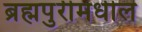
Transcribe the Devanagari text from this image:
ब्रह्मपुरीमधील